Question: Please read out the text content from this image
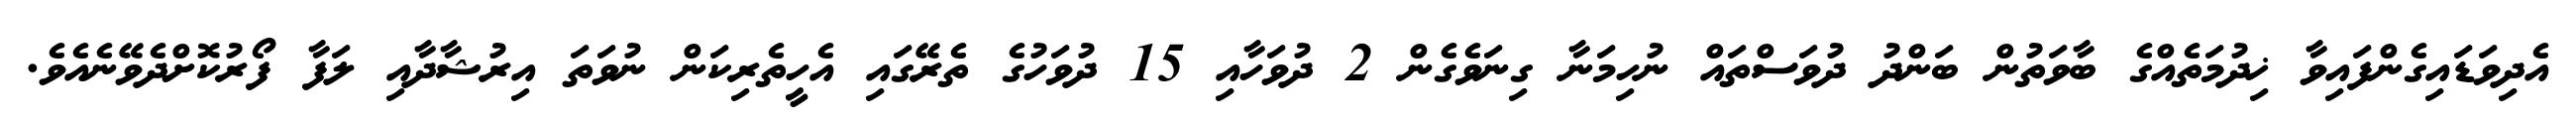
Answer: އެދިވަޑައިގެންފައިވާ ޚިދުމަތެއްގެ ބާވަތުން ބަންދު ދުވަސްތައް ނުހިމަނާ ގިނަވެގެން 2 ދުވަހާއި 15 ދުވަހުގެ ތެރޭގައި އެހީތެރިކަން ނުވަތަ އިރުޝާދާއި ލަފާ ފޯރުކޮށްދެވޭނެއެވެ.